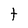
Character: t